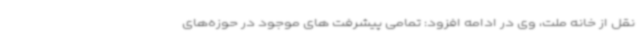
نقل از خانه ملت، وی در ادامه افزود: تمامی پیشرفت های موجود در حوزه‌های